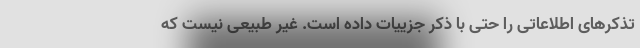
تذکرهای اطلاعاتی را حتی با ذکر جزییات داده است. غیر طبیعی نیست که